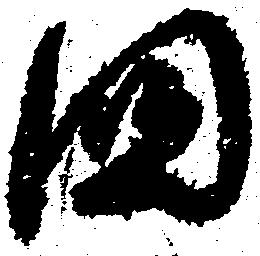
国